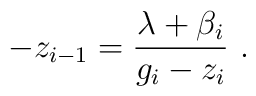
-z_{i-1}=\frac{\lambda +\beta _i}{g_i-z_i} ~.